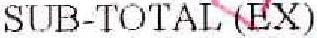
SUB-TOTAL (EX)